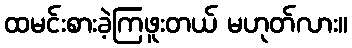
ထမင်းစားခဲ့ကြဖူးတယ် မဟုတ်လား။